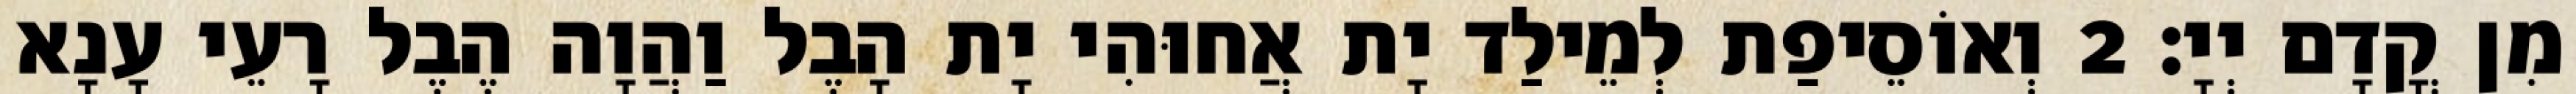
מִן קֳדָם יְיָ׃ 2 וְאוֹסֵיפַת לְמֵילַד יָת אֲחוּהִי יָת הָבֶל וַהֲוָה הֶבֶל רָעֵי עָנָא